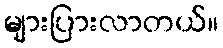
များပြားလာတယ်။